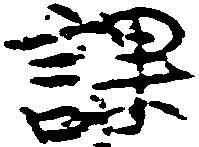
課